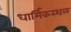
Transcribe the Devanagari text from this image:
धार्मिकस्थळ